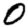
Digit: 0